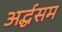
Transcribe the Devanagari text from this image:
अर्द्धसम